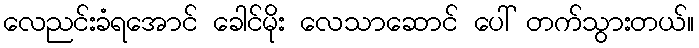
လေညင်းခံရအောင် ခေါင်မိုး လေသာဆောင် ပေါ် တက်သွားတယ်။